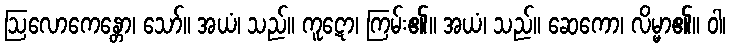
ဩလောကေန္တော၊ သော်။ အယံ၊ သည်။ ကူဋော၊ ကြမ်း၏။ အယံ၊ သည်။ ဆေကော၊ လိမ္မာ၏။ ဝါ၊